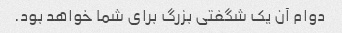
دوام آن یک شگفتی بزرگ برای شما خواهد بود.